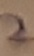
Text: 2